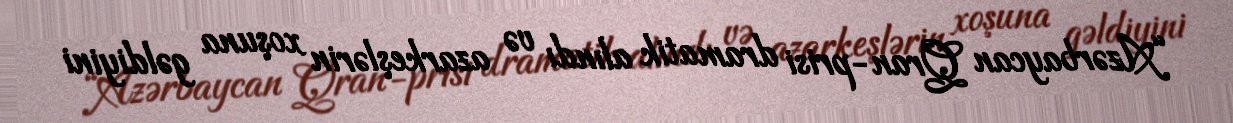
“Azərbaycan Qran-prisi dramatik alındı və azarkeşlərin xoşuna gəldiyini